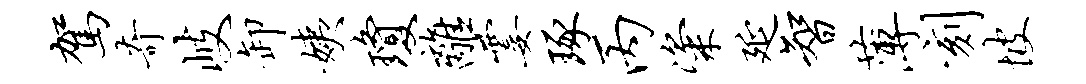
驾奇岐卸姨琼离霎琢丙粢延智薄刻坡